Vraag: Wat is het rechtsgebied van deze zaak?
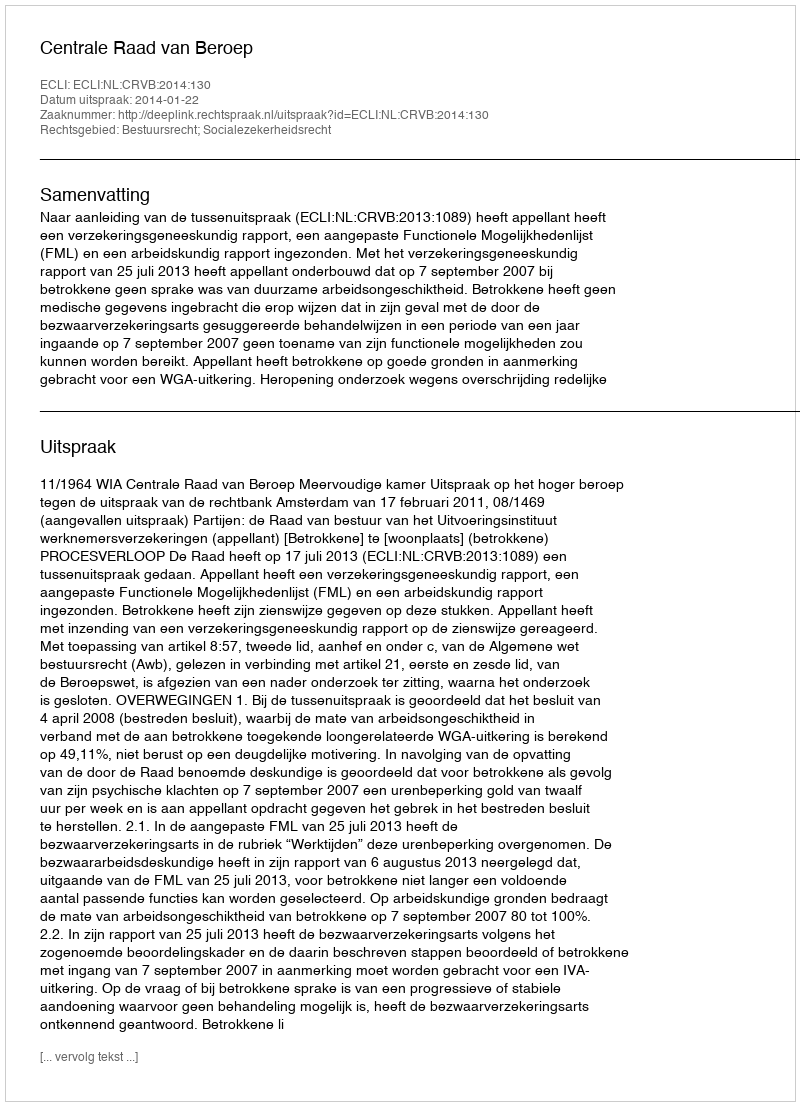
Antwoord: Bestuursrecht; Socialezekerheidsrecht